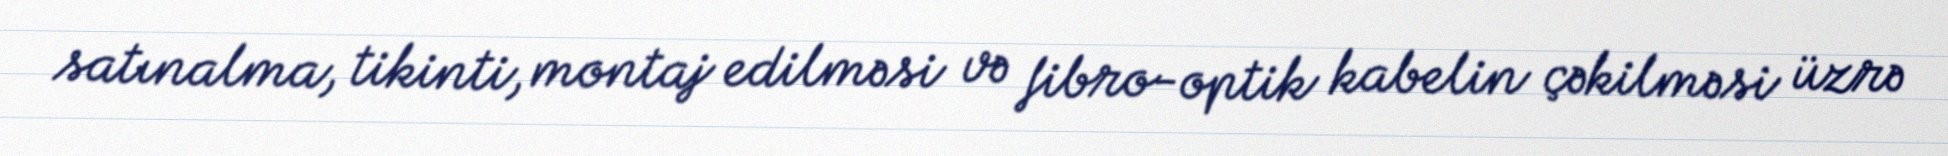
satınalma, tikinti, montaj edilməsi və fibro-optik kabelin çəkilməsi üzrə